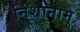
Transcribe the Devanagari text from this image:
निशानाम्